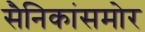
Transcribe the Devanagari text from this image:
सैनिकांसमोर